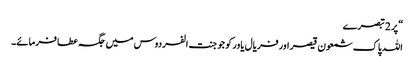
“ پر 2 تبصرے
اللہ پاک شمعون قیصر اور فریال یاور کو جو جنت الفردوس میں جگہ عطا فرمائے۔